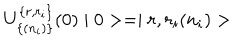
LaTeX: U _ { \{ ( n _ { i } ) \} } ^ { \{ r , r _ { i } \} } ( 0 ) \mid 0 > = \mid r , r _ { i } ( n _ { i } ) >